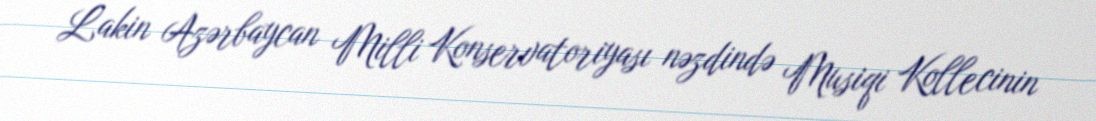
Lakin Azərbaycan Milli Konservatoriyası nəzdində Musiqi Kollecinin